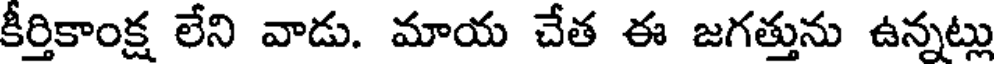
కీర్తికాంక్ష లేని వాడు. మాయ చేత ఈ జగత్తును ఉన్నట్లు